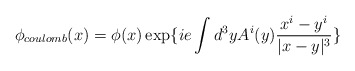
\begin{align*}\phi_{coulomb}(x)=\phi(x)\exp\{ie\int d^3yA^i(y)\frac{x^i-y^i}{|x-y|^3}\}\end{align*}